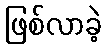
ဖြစ်လာခဲ့